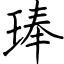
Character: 琫